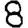
Digit: 8